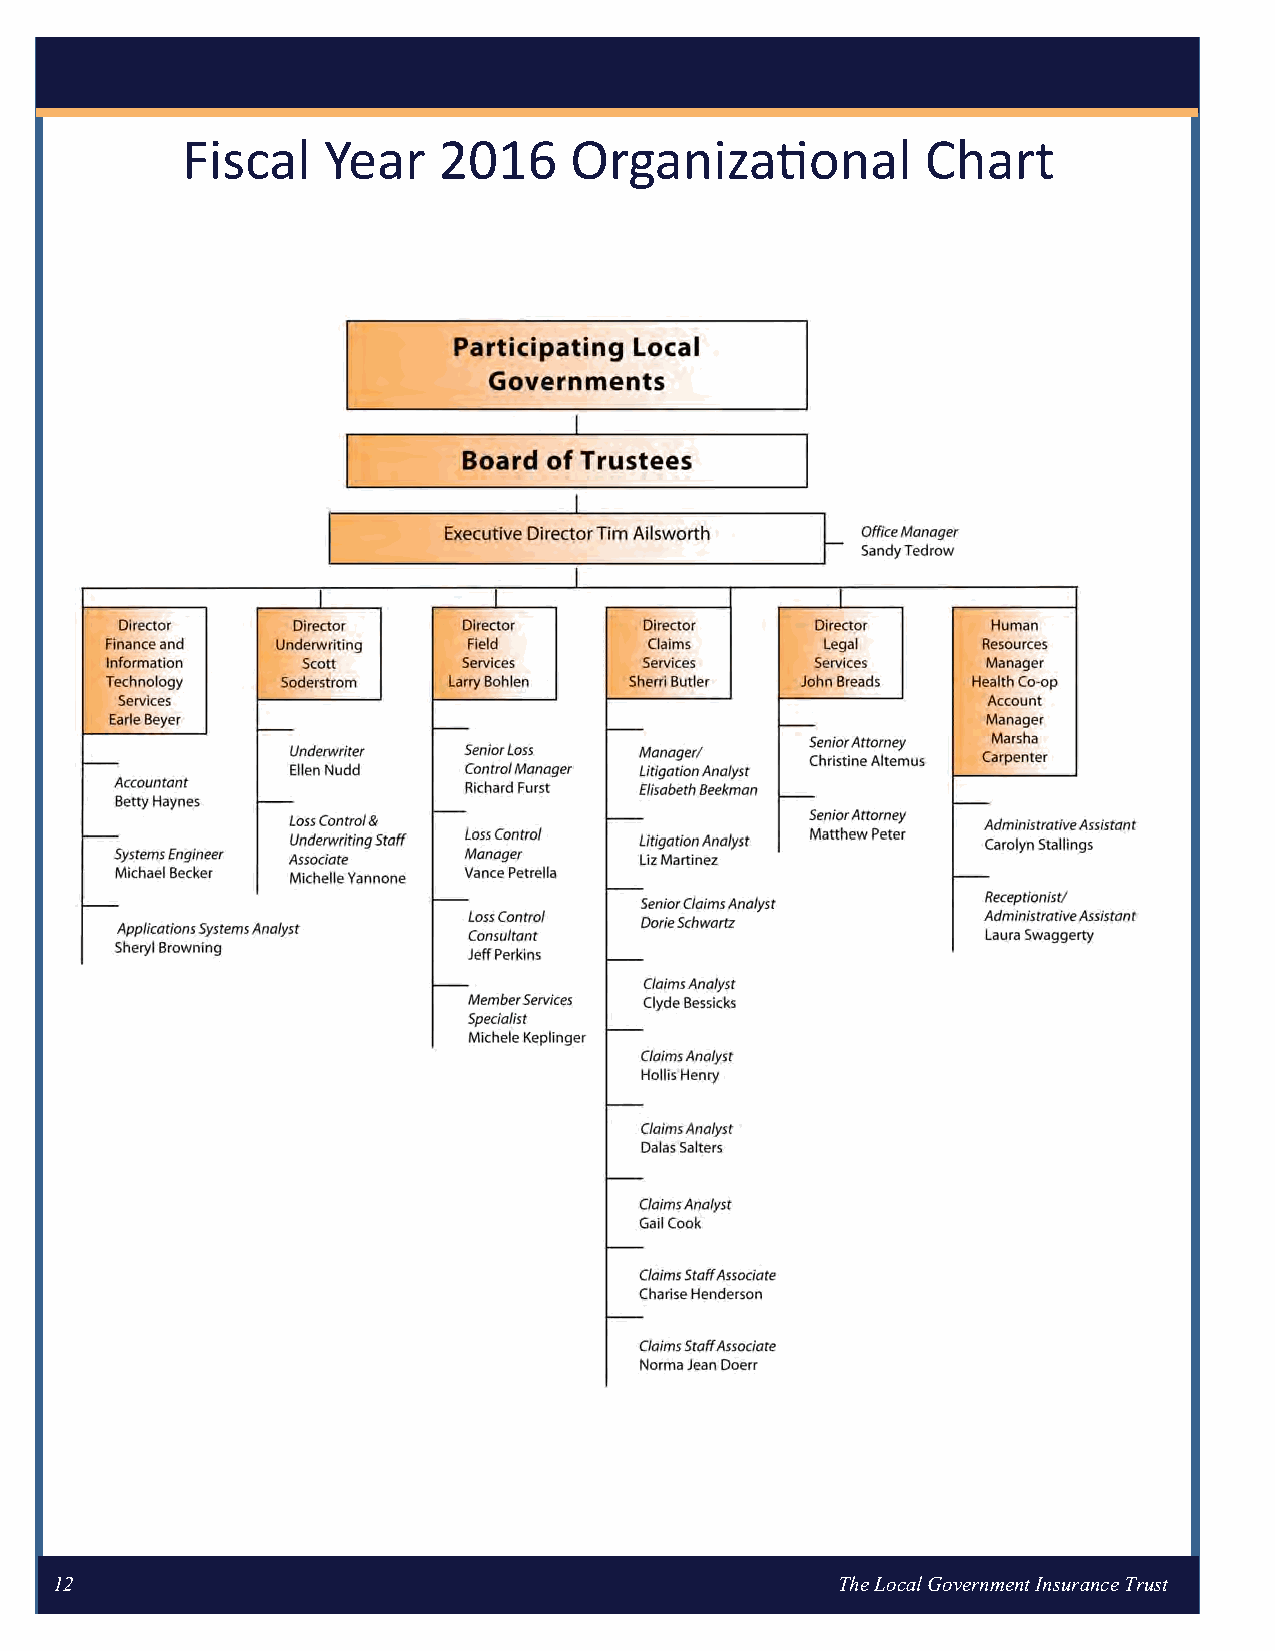
Fiscal   Year    2016     Organizational         Chart
 12                                                  The Local Government Insurance Trust